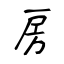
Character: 房